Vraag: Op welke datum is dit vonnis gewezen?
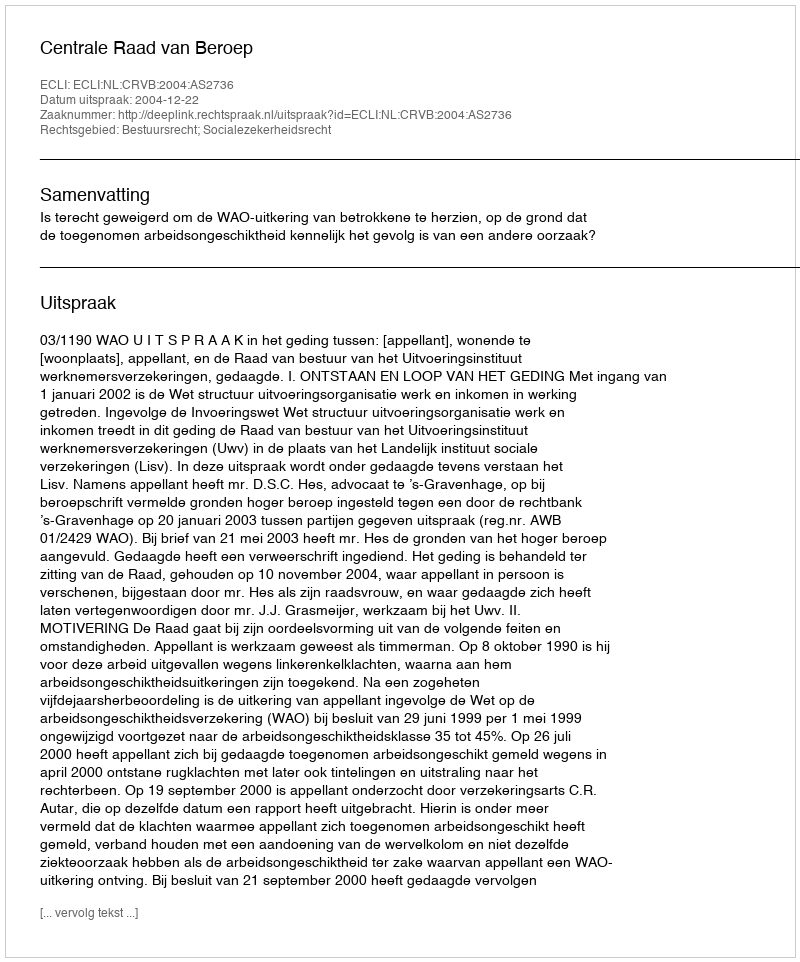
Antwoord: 2004-12-22